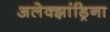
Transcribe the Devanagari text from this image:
अलेक्झांड्रिना